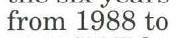
from 1988 to